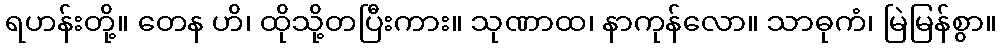
ရဟန်းတို့။ တေန ဟိ၊ ထိုသို့တပြီးကား။ သုဏာထ၊ နာကုန်လော။ သာဓုကံ၊ မြဲမြန်စွာ။